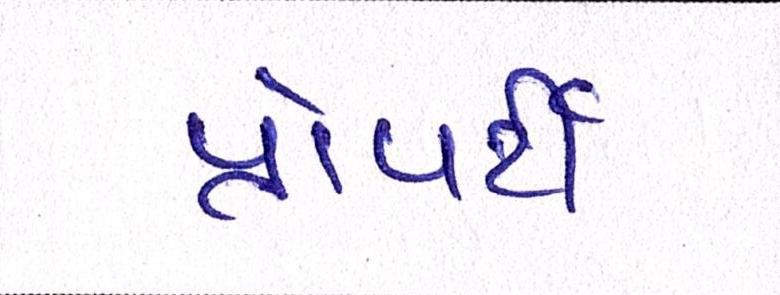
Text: પ્રોપર્ટી